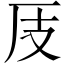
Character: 𱑜